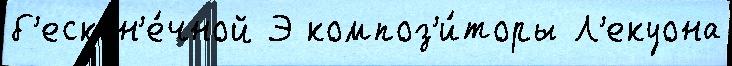
б'ескон'е́чной Э композ'и́торы Л'екуона